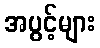
အပွင့်များ